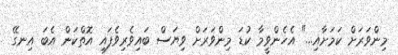
މިންވަރަށް ކަމަށާއި..." އެހެންވީމާ ކުޑަ މިންވަރަށް ވިޔަސް ބައިވެރިވެފައި އޮތްކަން އެބަ އިނގޭ